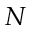
N